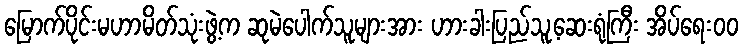
မြောက်ပိုင်းမဟာမိတ်သုံးဖွဲ့က ဆုမဲပေါက်သူများအား ဟားခါးပြည်သူ့ဆေးရုံကြီး အိပ်ရေးဝဝ